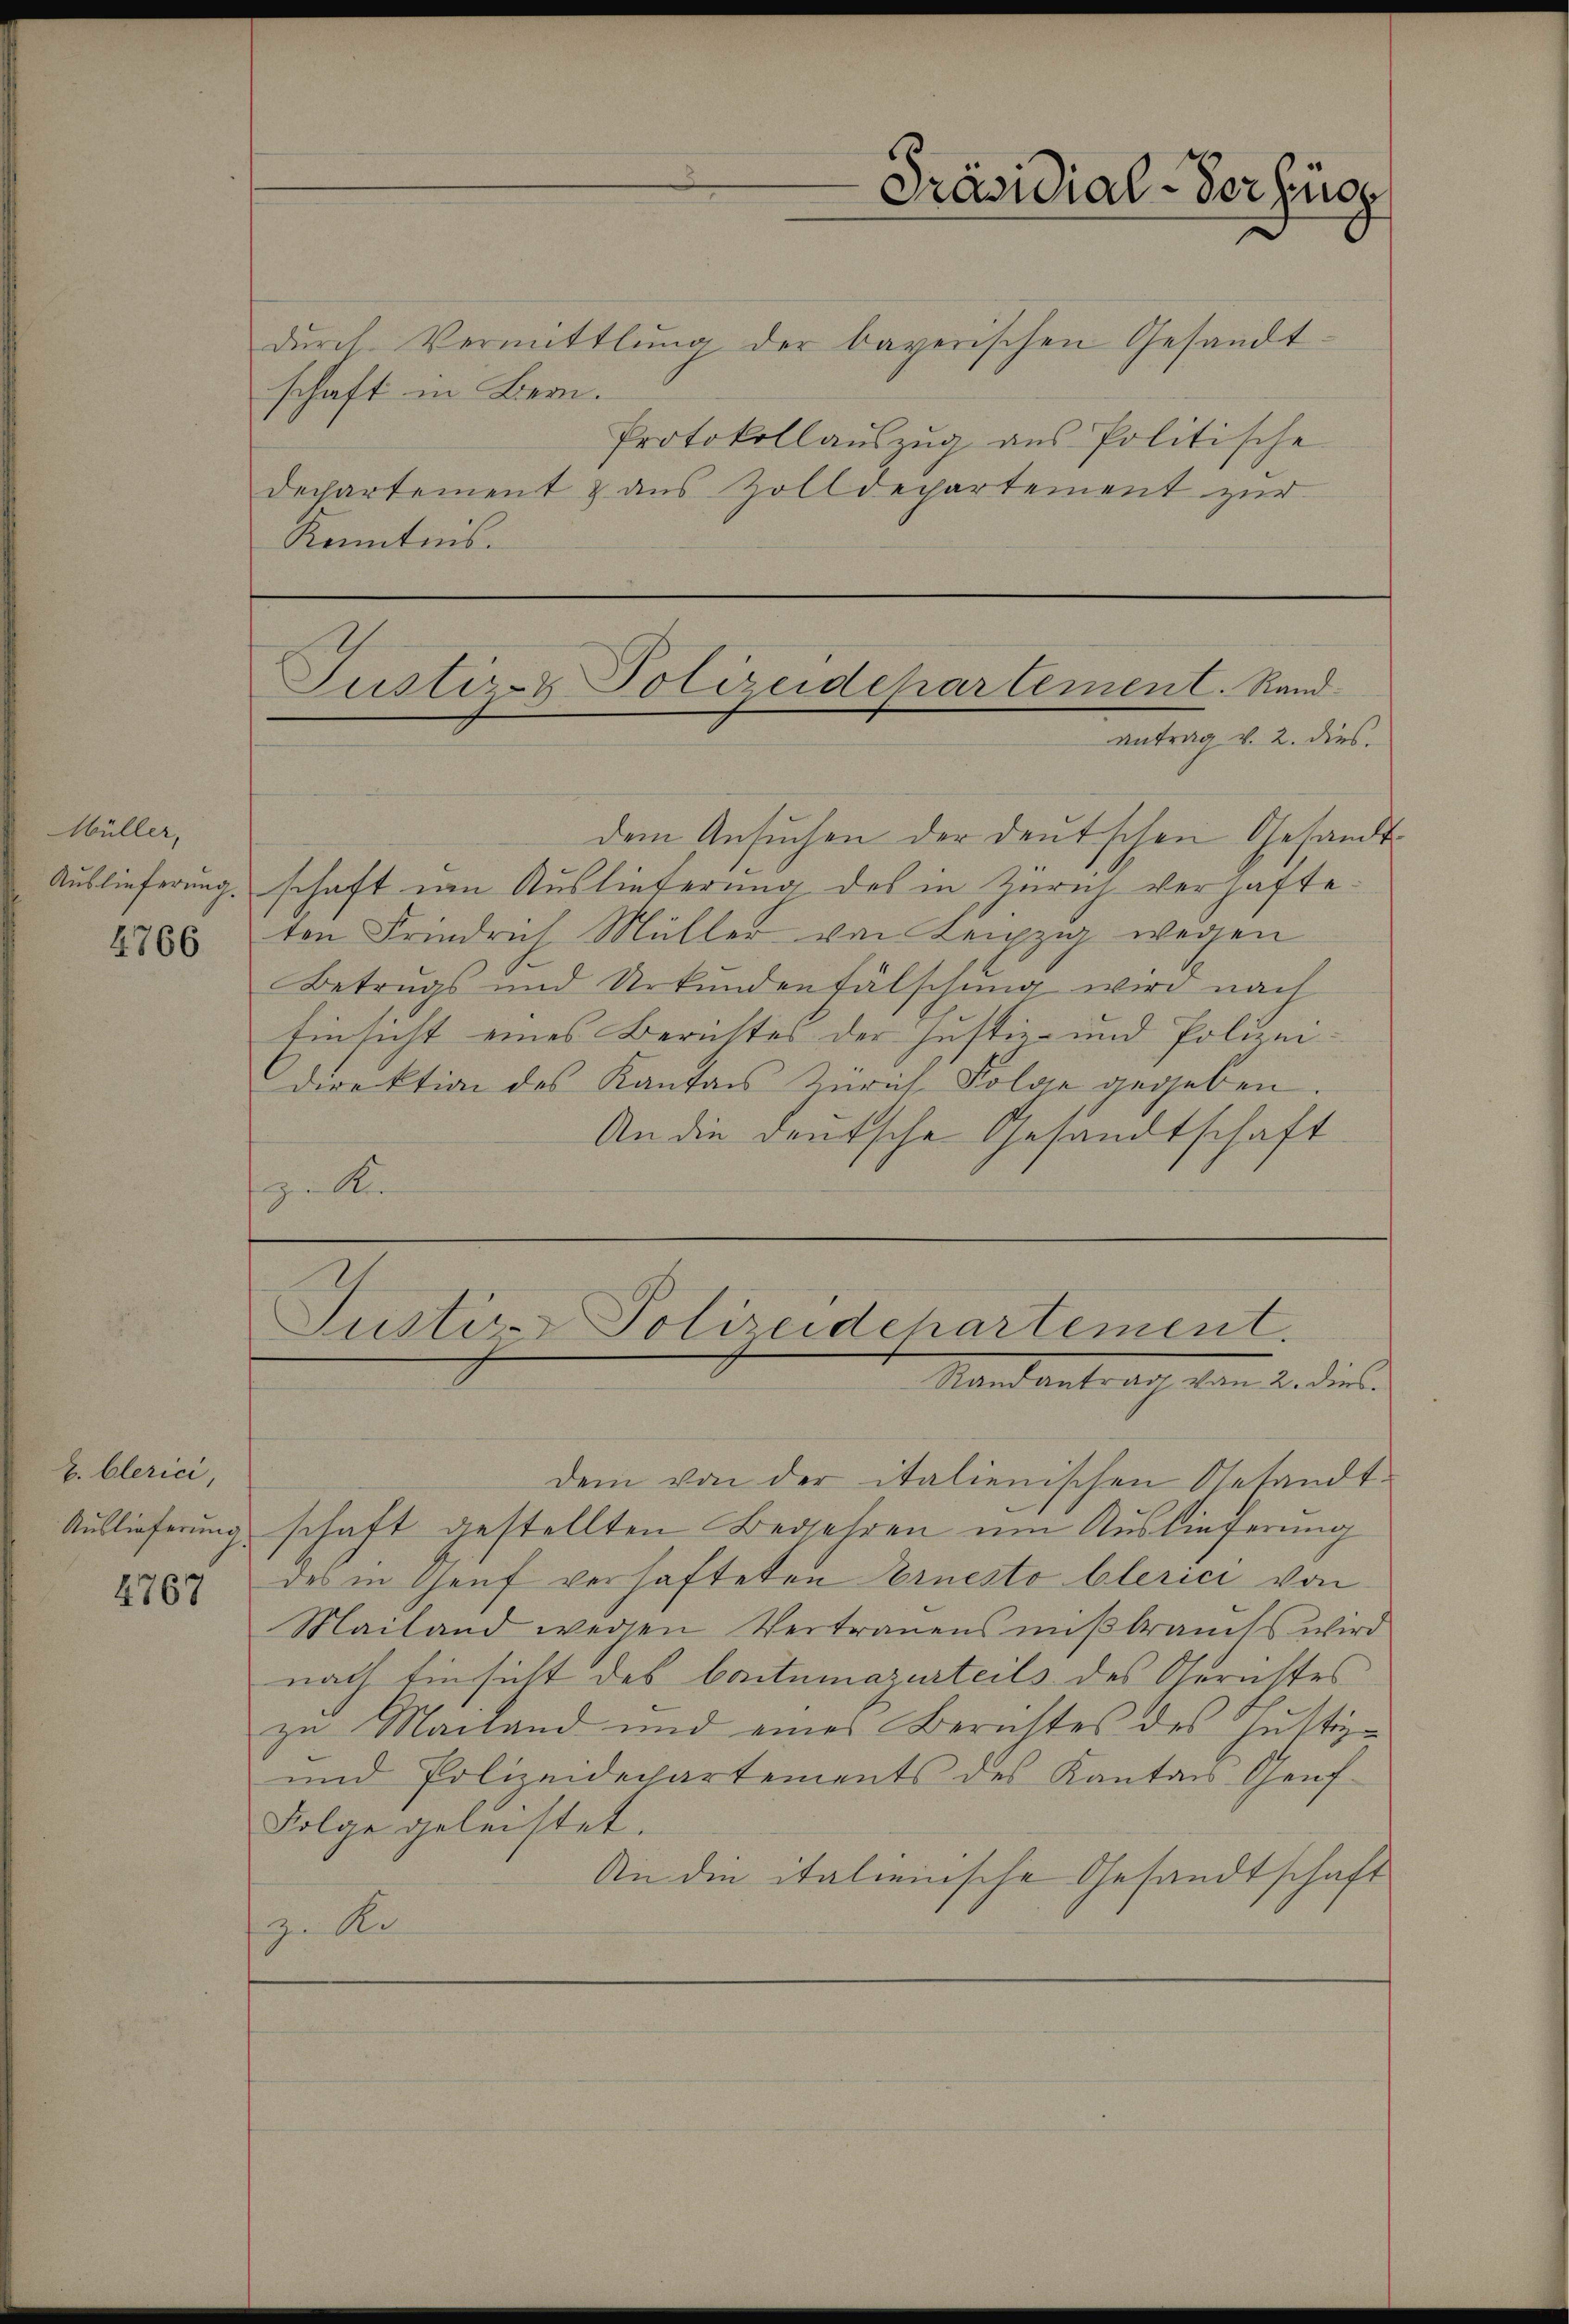
Müller,
4766

Z. Clerici,
Auslieferung
2764

dŭrch Vermittlung der bayerischen Gesandt-
schaft in Bern.
Protokollauszug aus Politische
Dechartement & aus Zolldepartement zur
Kenntnis.

Präsidial-Verfüg

dem Ansŭchen der deutschen Gesandt-
Auslieferung, schaft von Auslieferung des in Zürich verhafteton Friedrich Müller von Leipzig wegen
Betrugs und Urkundenfälschung wird nach
Einsicht eines Berichtes der Justiz- und Polizeidirektion des Kanton Zürich Folge gegeben.
An die deutsche Gesandtschaft
z Kir

Justiz- & Polizeidehartement. Randantrag v. 2. dies

Justiz- & Polizeidchartement.
Mandantrach von 2. diese

dem von der italienischen Gesandt-
schaft gestellten Begehren um Auslieferung
des in Genf verhafteten Ernesto blerici von
Mailand wegen Vertrauens mißbrauchs wird
nach Einsicht des Contumazurteils des Gerichtes.
zu Mailand und eines Berichtes des Justiz-
und Polendepartements des Kanton Genf
Folge geleistet.
An die italienische Gesandtschaft
z. Ko